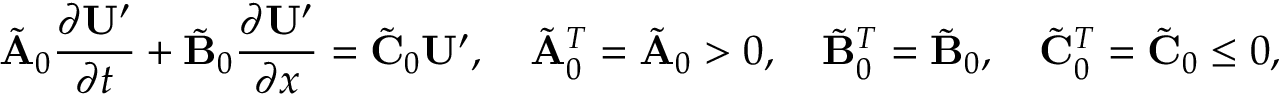
\tilde { \mathbf { A } } _ { 0 } \frac { \partial \mathbf { U } ^ { \prime } } { \partial t } + \tilde { \mathbf { B } } _ { 0 } \frac { \partial \mathbf { U } ^ { \prime } } { \partial x } = \tilde { \mathbf { C } } _ { 0 } \mathbf { U } ^ { \prime } , \quad \tilde { \mathbf { A } } _ { 0 } ^ { T } = \tilde { \mathbf { A } } _ { 0 } > 0 , \quad \tilde { \mathbf { B } } _ { 0 } ^ { T } = \tilde { \mathbf { B } } _ { 0 } , \quad \tilde { \mathbf { C } } _ { 0 } ^ { T } = \tilde { \mathbf { C } } _ { 0 } \le 0 ,